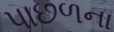
પાછળના